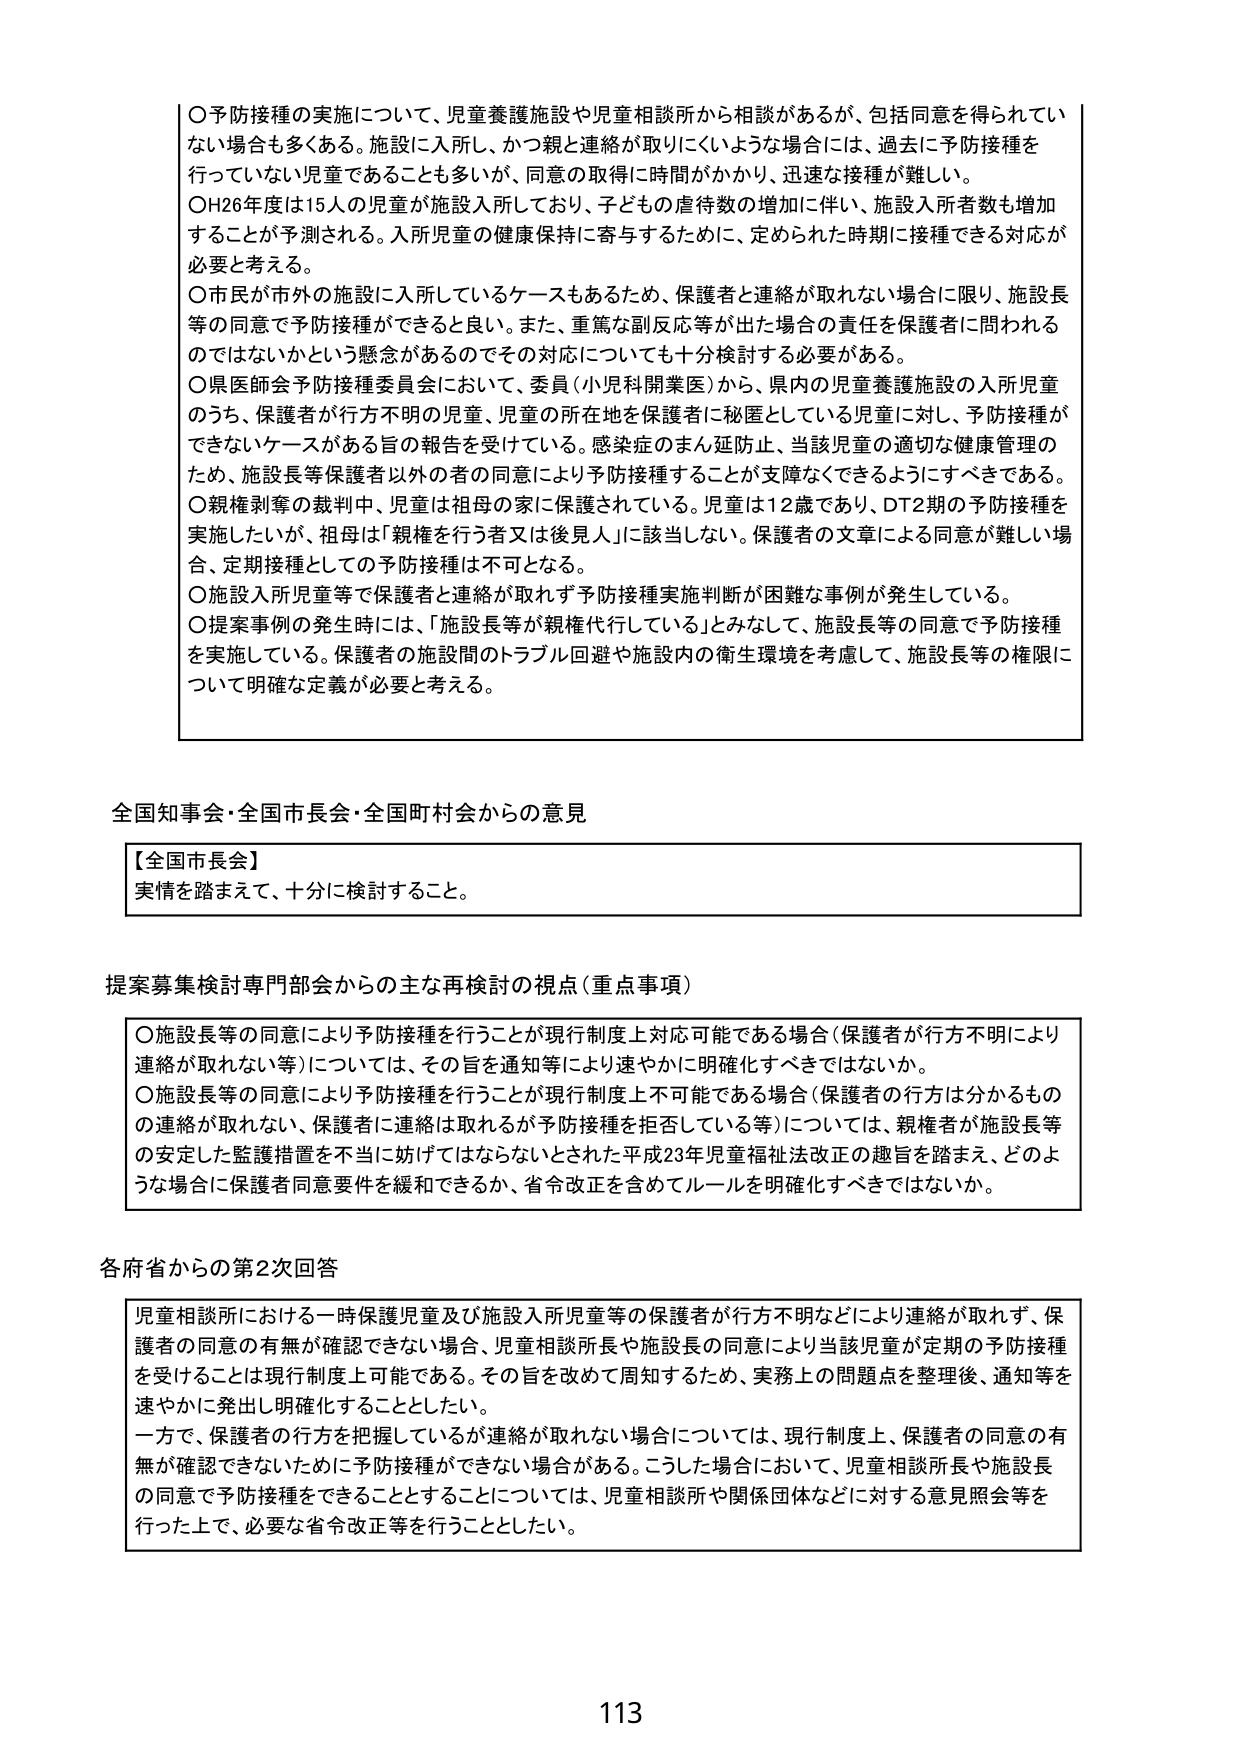
〇予防接種の実施について、児童養護施設や児童相談所から相談があるが、包括同意を得られていない場合も多くある。施設に入所し、かつ親と連絡が取りにくいような場合には、過去に予防接種を行っていない児童であることも多いが、同意の取得に時間がかかり、迅速な接種が難しい。

〇H26年度は15人の児童が施設入所しており、子どもの虐待数の増加に伴い、施設入所者数も増加することが予測される。入所児童の健康保持に寄与するために、定められた時期に接種できる対応が必要と考える。

〇市民が市外の施設に入所しているケースもあるため、保護者と連絡が取れない場合に限り、施設長等の同意で予防接種ができると良い。また、重篤な副反応等が出た場合の責任を保護者に問われるのではないかという懸念があるのでその対応についても十分検討する必要がある。

〇県医師会予防接種委員会において、委員（小児科開業医）から、県内の児童養護施設の入所児童のうち、保護者が行方不明の児童、児童の所在地を保護者に秘匿としている児童に対し、予防接種ができないケースがある旨の報告を受けている。感染症のまん延防止、当該児童の適切な健康管理のため、施設長等保護者以外の者の同意により予防接種することが支障なくできるようにすべきである。

〇親権剥奪の裁判中、児童は祖母の家に保護されている。児童は12歳であり、DT2期の予防接種を実施したいが、祖母は「親権を行う者又は後見人」に該当しない。保護者の文章による同意が難しい場合、定期接種としての予防接種は不可となる。

〇施設入所児童等で保護者と連絡が取れず予防接種実施判断が困難な事例が発生している。

〇提案事例の発生時には、「施設長等が親権代行している」とみなして、施設長等の同意で予防接種を実施している。保護者の施設間のトラブル回避や施設内の衛生環境を考慮して、施設長等の権限について明確な定義が必要と考える。

全国知事会・全国市長会・全国町村会からの意見

【全国市長会】
実情を踏まえて、十分に検討すること。

提案募集検討専門部会からの主な再検討の視点（重点事項）

〇施設長等の同意により予防接種を行うことが現行制度上対応可能である場合（保護者が行方不明により連絡が取れない等）については、その旨を通知等により速やかに明確化すべきではないか。

〇施設長等の同意により予防接種を行うことが現行制度上不可能である場合（保護者の行方は分かるものの連絡が取れない、保護者に連絡は取れるが予防接種を拒否している等）については、親権者が施設長等の安定した監護措置を不当に妨げてはならないとされた平成23年児童福祉法改正の趣旨を踏まえ、どのような場合に保護者同意要件を緩和できるか、省令改正を含めてルールを明確化すべきではないか。

各府省からの第2次回答

児童相談所における一時保護児童及び施設入所児童等の保護者が行方不明などにより連絡が取れず、保護者の同意の有無が確認できない場合、児童相談所長や施設長の同意により当該児童が定期の予防接種を受けることは現行制度上可能である。その旨を改めて周知するため、実務上の問題点を整理後、通知等を速やかに発出し明確化することとした。

一方で、保護者の行方を把握しているが連絡が取れない場合については、現行制度上、保護者の同意の有無が確認できないために予防接種ができない場合がある。こうした場合において、児童相談所長や施設長の同意で予防接種ができることについては、児童相談所や関係団体などに対する意見照会等を行った上で、必要な省令改正等を行うこととした。

113